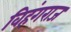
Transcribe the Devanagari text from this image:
विहंगराज